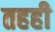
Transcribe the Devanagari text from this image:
तहही